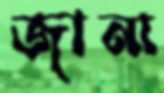
জানা